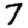
Digit: 7